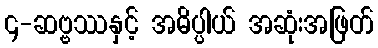
၄-ဆဗ္ဗဿနှင့် အဓိပ္ပါယ် အဆုံးအဖြတ်